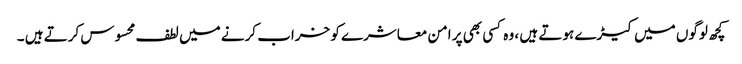
کچھ لوگوں میں کیڑے ہوتے ہیں ، وہ کسی بھی پر امن معاشرے کو خراب کرنے میں لطف محسوس کرتے ہیں ۔